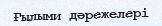
Ғылыми дәрежелері